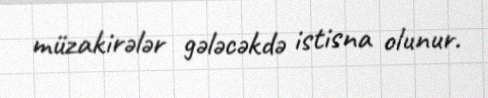
müzakirələr gələcəkdə istisna olunur.